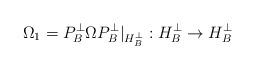
LaTeX: \begin{align*}\Omega_{1}=P_{B}^{\bot}\Omega P_{B}^{\bot}|_{H_{B}^{\bot}}:H_{B}^{\bot}\rightarrow H_{B}^{\bot} \end{align*}